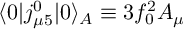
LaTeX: \langle 0 \vert j _ { \mu 5 } ^ { 0 } \vert 0 \rangle _ { A } \equiv 3 f _ { 0 } ^ { 2 } A _ { \mu }